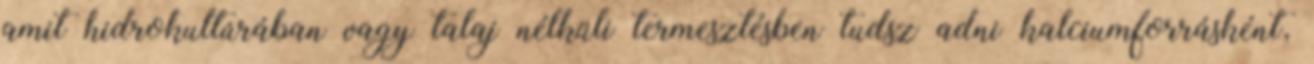
amit hidrokultúrában vagy talaj nélküli termesztésben tudsz adni kalciumforrásként,